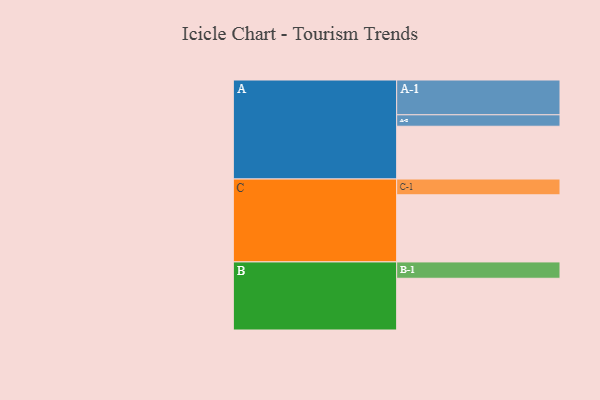
{"axis": {"x": "Segment", "y": "Value"}, "legend": ["", "A", "B", "C"], "data": [{"x": "A", "y": 452, "type": ""}, {"x": "B", "y": 443, "type": ""}, {"x": "C", "y": 575, "type": ""}, {"x": "A-1", "y": 298, "type": "A"}, {"x": "A-2", "y": 98, "type": "A"}, {"x": "B-1", "y": 140, "type": "B"}, {"x": "C-1", "y": 135, "type": "C"}]}